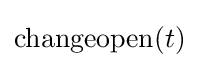
\mathrm {changeopen} (t)